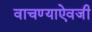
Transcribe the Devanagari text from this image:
वाचण्याऐवजी